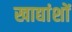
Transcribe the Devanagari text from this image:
खाद्यांशों